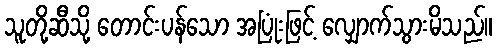
သူတို့ဆီသို့ တောင်းပန်သော အပြုံးဖြင့် လျှောက်သွားမိသည်။